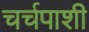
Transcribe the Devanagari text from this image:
चर्चपाशी